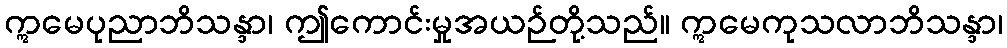
ဣမေပုညာဘိသန္ဒာ၊ ဤကောင်းမှုအယဉ်တို့သည်။ ဣမေကုသလာဘိသန္ဒာ၊